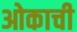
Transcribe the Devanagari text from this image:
ओकाची